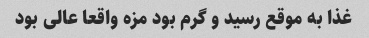
غذا به موقع رسید و گرم بود مزه واقعا عالی بود